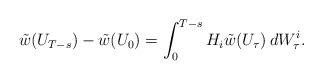
LaTeX: \begin{align*}\tilde{w}(U_{T-s})-\tilde{w}(U_0)=\int_0^{T-s} H_i \tilde{w}(U_\tau)\, dW_\tau^i.\end{align*}